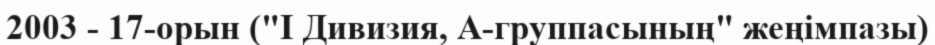
2003 - 17-орын ("I Дивизия, А-группасының" жеңімпазы)